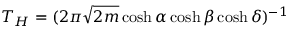
T _ { H } = ( 2 \pi \sqrt { 2 m } \cosh \alpha \cosh \beta \cosh \delta ) ^ { - 1 }